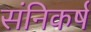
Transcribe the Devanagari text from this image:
संनिकर्ष